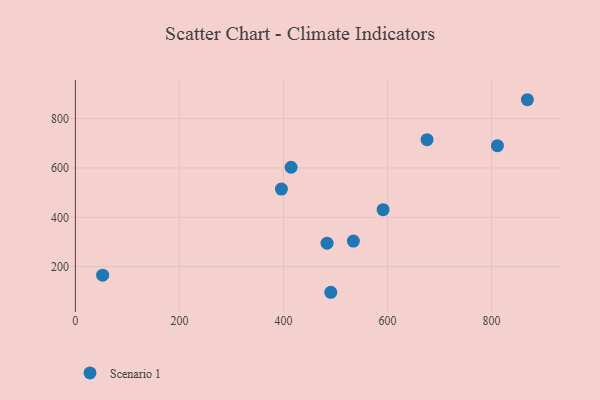
{"axis": {"x": "Investment", "y": "Yield"}, "legend": ["Scenario 1"], "data": [{"x": "869.1", "y": 876.4, "type": "Scenario 1"}, {"x": "591.7", "y": 431.1, "type": "Scenario 1"}, {"x": "414.8", "y": 602.8, "type": "Scenario 1"}, {"x": "676.2", "y": 714.7, "type": "Scenario 1"}, {"x": "534.5", "y": 303.6, "type": "Scenario 1"}, {"x": "52.4", "y": 165.6, "type": "Scenario 1"}, {"x": "396.2", "y": 514.3, "type": "Scenario 1"}, {"x": "491.1", "y": 96.3, "type": "Scenario 1"}, {"x": "483.9", "y": 295.3, "type": "Scenario 1"}, {"x": "811.5", "y": 690.2, "type": "Scenario 1"}]}